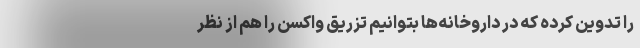
را تدوین کرده که در داروخانه‌ها بتوانیم تزریق واکسن را هم از نظر